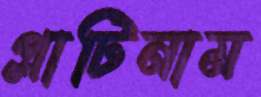
প্লাটিনাম